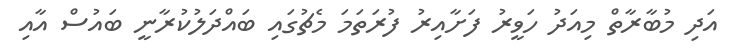
އަދި މުބާރާތް މިއަދު ހަވީރު ފަށާއިރު ފުރަތަމަ މެޗުގައި ބައްދަލުކުރާނީ ބައުސް އާއި